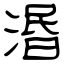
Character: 湣